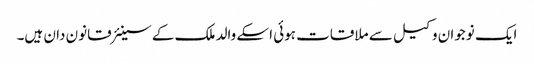
ایک نوجوان وکیل سے ملاقات ہوئی اسکے والد ملک کے سینئر قانون دان ہیں۔